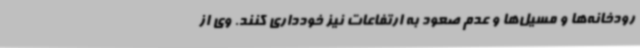
رودخانه‌ها و مسیل‌ها و عدم صعود به ارتفاعات نیز خودداری کنند. وی از